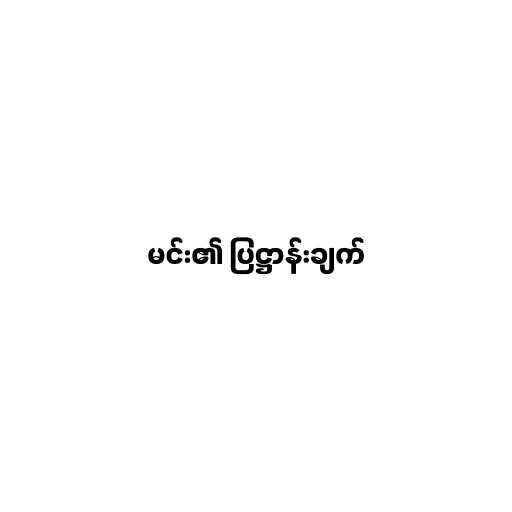
မင်း၏ ပြဋ္ဌာန်းချက်